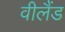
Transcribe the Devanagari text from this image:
वीलैंड